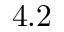
4 . 2